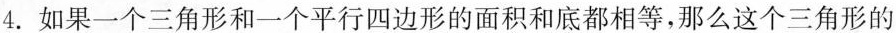
4.如果一个三角形和一个平行四边形的面积和底都相等，那么这个三角形的